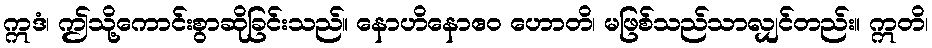
ဣဒံ၊ ဤသို့ကောင်းစွာဆိုခြင်းသည်။ နောဟိနောဧဝ ဟောတိ၊ မဖြစ်သည်သာလျှင်တည်း။ ဣတိ၊